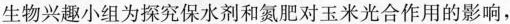
生物兴趣小组为探究保水剂和氮肥对玉米光合作用的影响，